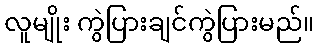
လူမျိုး ကွဲပြားချင်ကွဲပြားမည်။